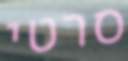
סרטי